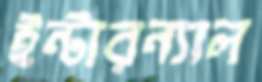
ইন্টারন্যাল